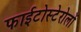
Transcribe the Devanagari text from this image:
फाईटोस्टेरोलों